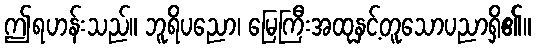
ဤရဟန်းသည်။ ဘူရိပညော၊ မြေကြီးအထုနှင့်တူသောပညာရှိ၏။